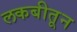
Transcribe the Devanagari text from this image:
लकबीतून